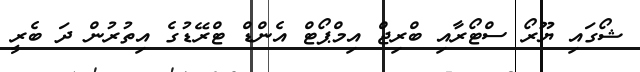
ޝޯގައި ޔޫރޯ ސްޓޯރާއި ބްރިޖް އިމްޕޯޓް އެންޑް ޓްރޭޑުގެ އިތުރުން ދަ ބެރީ